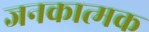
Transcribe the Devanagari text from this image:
जनकात्मक